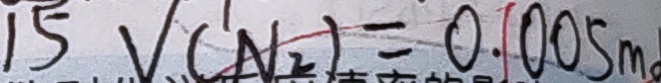
1 5 V ( N _ { 2 } ) = 0 . 0 0 5 m